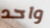
واحد